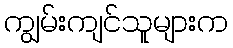
ကျွမ်းကျင်သူများက